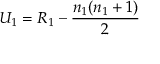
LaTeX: U _ { 1 } = R _ { 1 } - { \frac { n _ { 1 } ( n _ { 1 } + 1 ) } { 2 } } \,